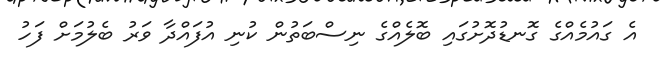
އެ ގައުމެއްގެ ގޮނޑުދޮށުގައި ބޮލެއްގެ ނިސްބަތުން ކުނި އުފައްދާ ވަރު ބެލުމަށް ފަހު